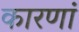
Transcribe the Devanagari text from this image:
कारणां